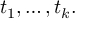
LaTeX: t _ { 1 } , \ldots , t _ { k } .